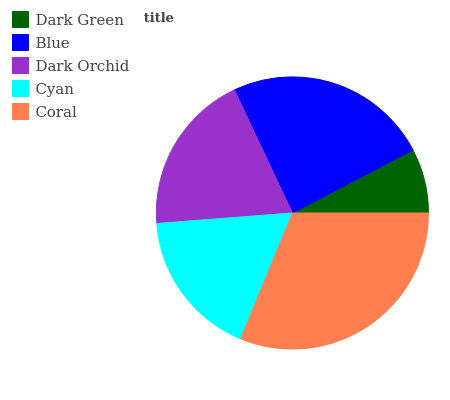
| Dark Green | Blue | Dark Orchid | Cyan | Coral |
 | --- | --- | --- | --- | --- |
 | 7.66% | 24.4% | 19.3% | 17.5% | 31.2% |